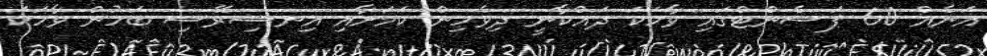
އަނެއް 60 ޕަސެންޓްގައި ވާހަކަ ދައްކާނީ ދިވެހިން ކަމަށާއި އިނސިރޭސި ބަހުން ވާހަކަ